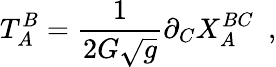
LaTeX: T_{A}^{B}=\frac 1{2G\sqrt{g}}\partial_{C}X_{A}^{BC}~~,